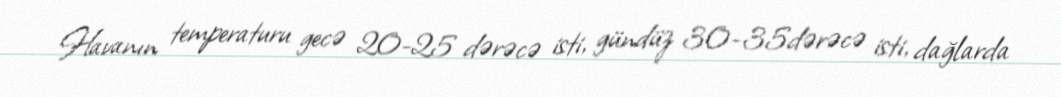
Havanın temperaturu gecə 20-25 dərəcə isti, gündüz 30-35dərəcə isti, dağlarda